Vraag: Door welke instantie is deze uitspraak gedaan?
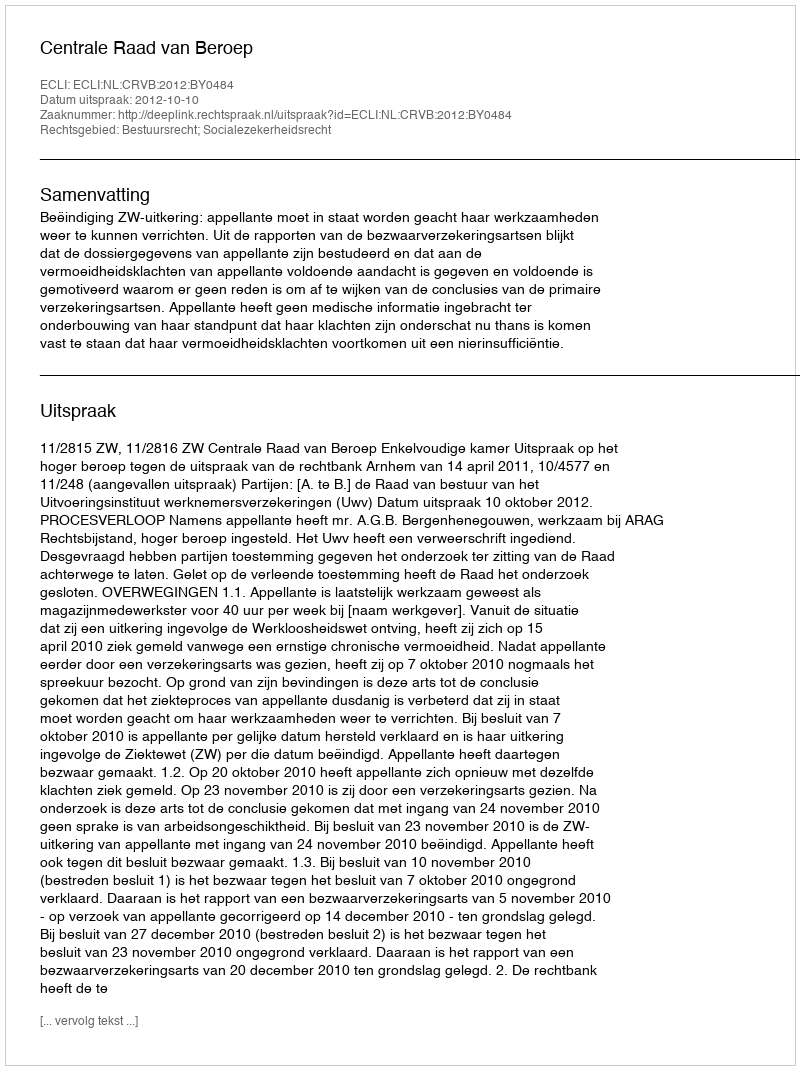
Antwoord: Centrale Raad van Beroep